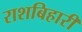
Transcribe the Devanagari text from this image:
राशबिहारी